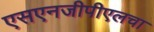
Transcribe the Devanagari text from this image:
एसएनजीपीएलचा